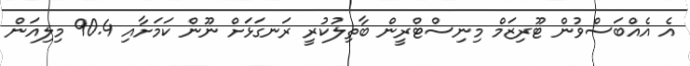
އެ އެއްބަސްވުން ޓޫރިޒަމް މިނިސްޓްރީން ބާތިލުކުރީ ރަނގަޅަށް ނޫން ކަމަށާއި 90.4 މިލިއަން